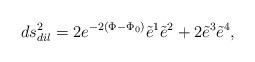
LaTeX: \begin{align*}ds^2_{dil}=2e^{-2(\Phi - {\Phi}_0)} {\tilde e}^1{\tilde e}^2 +2{\tilde e}^3 {\tilde e}^4, \end{align*}